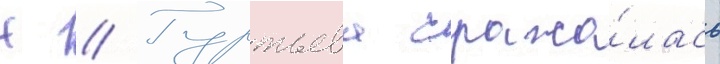
Н // Гуртьева сража́лась